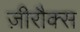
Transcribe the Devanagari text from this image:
ज़ीरौक्स